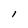
Character: l